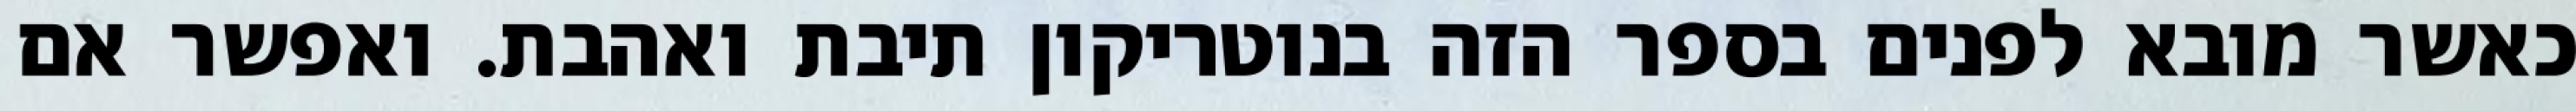
כאשר מובא לפנים בספר הזה בנוטריקון תיבת ואהבת. ואפשר אם